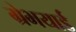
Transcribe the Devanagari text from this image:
ग्रेभयार्ड